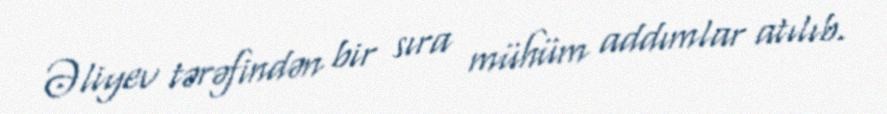
Əliyev tərəfindən bir sıra mühüm addımlar atılıb.